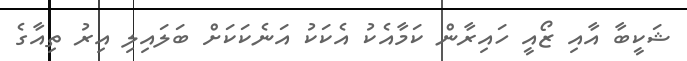
ޝަކީބާ އާއި ޒޯއީ ހައިރާން ކަމާއެކު އެކަކު އަނެކަކަށް ބަލައިލި އިރު ތިއާގެ